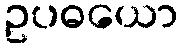
ဥပဓယော